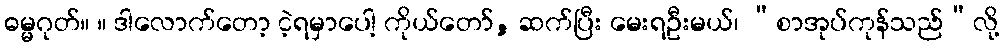
ဓမ္မဂုတ်။ ။ ဒါလောက်တော့ ငဲ့ရမှာပေါ့ ကိုယ်တော်, ဆက်ပြီး မေးရဦးမယ်၊ “စာအုပ်ကုန်သည်”လို့